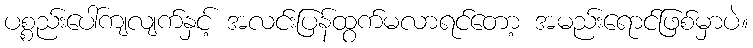
ပစ္စည်းပေါ်ကျလျက်နှင့် အလင်းပြန်ထွက်မလာရင်တော့ အမည်းရောင်ဖြစ်မှာပဲ။